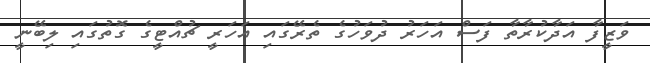
ވަޒީފާ އަދާކުރާތާ ފަސް އަހަރު ދުވަހުގެ ތެރޭގައި އަހަރީ ޗުއްޓީގެ ގޮތުގައި ލިބޭނީ